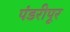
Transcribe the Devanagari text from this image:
पंडरीपूर